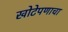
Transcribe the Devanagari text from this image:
खोटेपणाचा